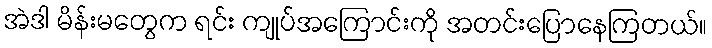
အဲဒါ မိန်းမတွေက ရင်း ကျုပ်အကြောင်းကို အတင်းပြောနေကြတယ်။